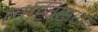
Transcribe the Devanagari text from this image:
लखिसराय